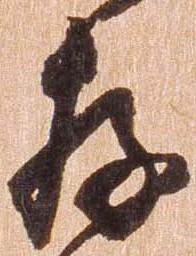
存